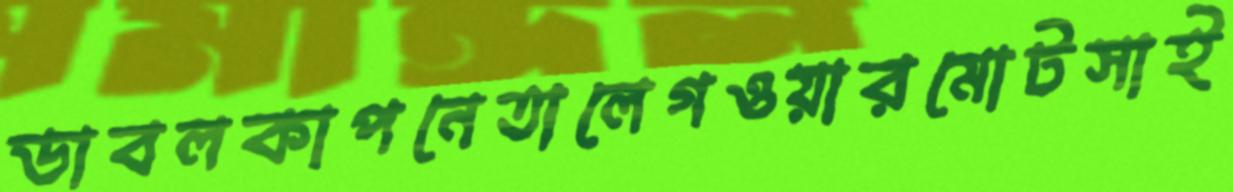
ডাবলকাপনেতালেগওয়ারমোটসাই